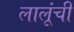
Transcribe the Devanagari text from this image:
लालूंची